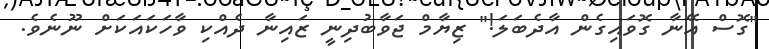
"ގޮސް އޭނާ ގޮވައިގެން އާދެބަލަ!" ޒިޔާމް ޖަވާބުދިނީ ޒައިނާ ދެއްކި ވާހަކައަކަށް ނޫނެވެ.